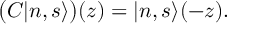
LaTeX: \bigl ( C | n , s \rangle \bigr ) ( z ) = | n , s \rangle ( - z ) .